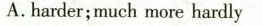
A.harder; much more hardly